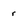
Character: r